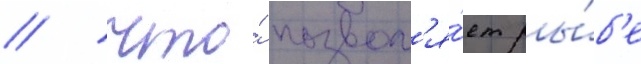
/ что́ позвол'я́ет ры́б'е